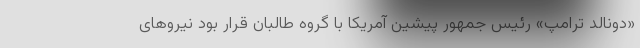
«دونالد ترامپ» رئیس جمهور پیشین آمریکا با گروه طالبان قرار بود نیروهای